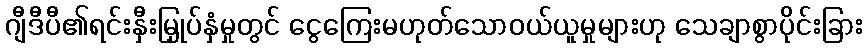
ဂျီဒီပီ၏ရင်းနှီးမြှုပ်နှံမှုတွင် ငွေကြေးမဟုတ်သောဝယ်ယူမှုများဟု သေချာစွာပိုင်းခြား